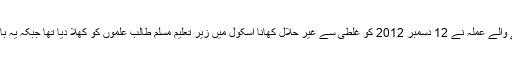
اسکول میں کھانا فراہم کرنے والے عملہ نے 12 دسمبر 2012 کو غلطی سے غیر حلال کھانا اسکول میں زیر تعلیم مسلم طالب علموں کو کھلا دیا تھا جبکہ یہ بات بعد میںمنظر عام پر آئی ۔